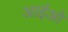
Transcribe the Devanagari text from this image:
आईओ